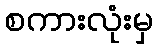
စကားလုံးမှ